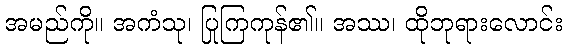
အမည်ကို။ အကံသု၊ ပြုကြကုန်၏။ အဿ၊ ထိုဘုရားလောင်း